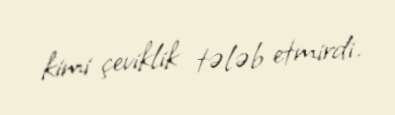
kimi çeviklik tələb etmirdi.